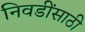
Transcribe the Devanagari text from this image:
निवडींसाठी